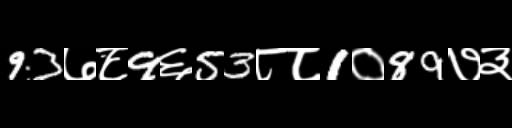
Text: 93७८9६53८८1०89७३